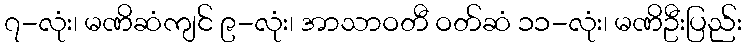
၇-လုံး၊ မဏိဆံကျင် ၉-လုံး၊ အာသာဝတီ ဝတ်ဆံ ၁၁-လုံး၊ မဏိဦးပြည်း